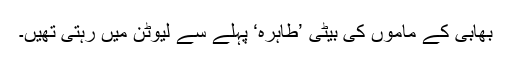
بھابی کے ماموں کی بیٹی ’طاہرہ‘ پہلے سے لیوٹن میں رہتی تھیں۔